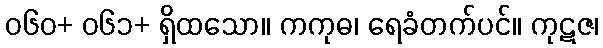
၀၆၀+ ၀၆၁+ ရှိထသော။ ကကုဓ၊ ရေခံတက်ပင်။ ကုဋဇ၊